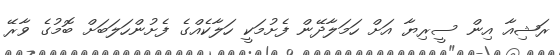
ރަޝިއާ އިން ސީރިޔާ އަށް ހަމަލާދޭން ފެށުމަކީ ހަލާކެއްގެ ފެށުންހަލަބަށް ބޮމުގެ ވާރޭ